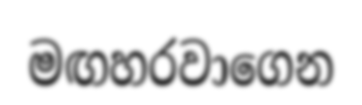
මඟහරවාගෙන